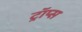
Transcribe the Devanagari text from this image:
ट्रॉप्स